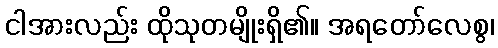
ငါအားလည်း ထိုသုတမျိုးရှိ၏။ အရတော်လေစွ၊